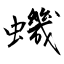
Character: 蟣